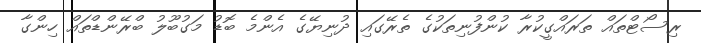
ރިސޯޓްތައް ތަަރައްގީކުރާ ކުންފުނިތަކުގެ ތެރޭގައި ދުނިޔޭގެ އެންމެ ބޮޑު މަގުބޫލު ބްރޭންޑްތައް ހިންގާ